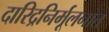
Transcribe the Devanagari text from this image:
दारिद्रनिर्मूलनात